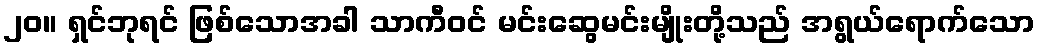
၂၀။ ရှင်ဘုရင် ဖြစ်သောအခါ သာကီဝင် မင်းဆွေမင်းမျိုးတို့သည် အရွယ်ရောက်သော